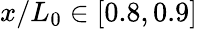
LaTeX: x/L_{0}\in[0.8,0.9]